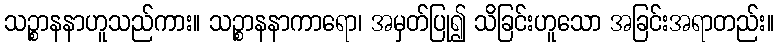
သဉ္စာနနာဟူသည်ကား။ သဉ္စာနနာကာရော၊ အမှတ်ပြု၍ သိခြင်းဟူသော အခြင်းအရာတည်း။